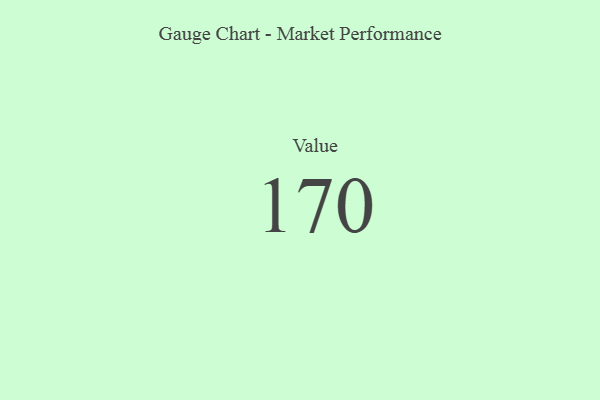
{"axis": {"x": "Metric", "y": "Value"}, "legend": [""], "data": [{"x": "Value", "y": 170, "type": ""}]}